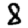
Digit: 8